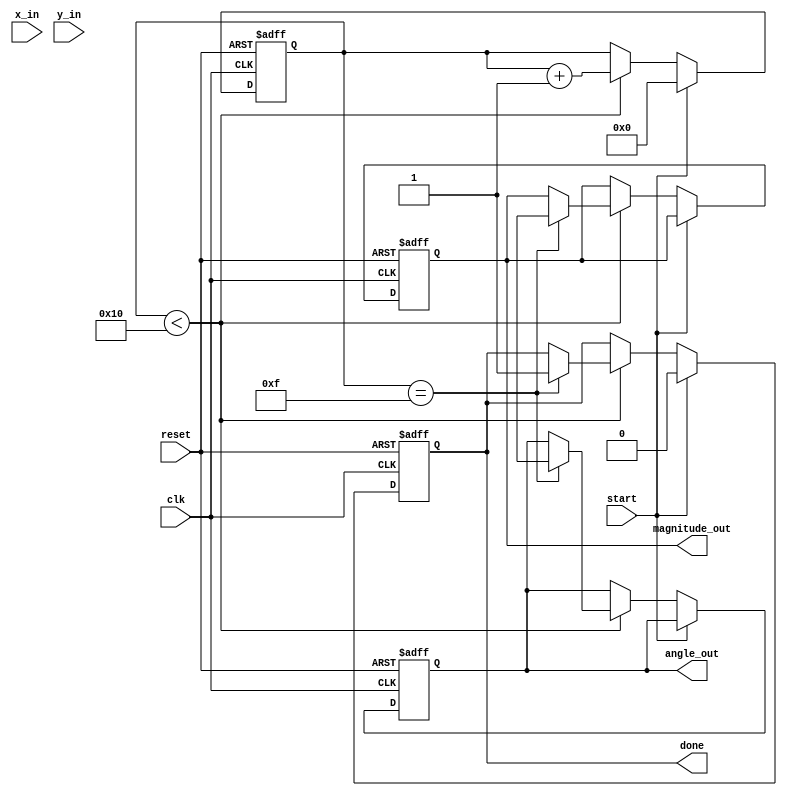
module vectoring_cordic (
    input wire clk,
    input wire reset,
    input wire [15:0] x_in, // Input x coordinate
    input wire [15:0] y_in, // Input y coordinate
    input wire start,        // Start signal
    output reg [15:0] angle_out, // Output angle
    output reg [15:0] magnitude_out, // Output magnitude
    output reg done         // Operation complete flag
);

    // CORDIC configuration
    parameter NUM_ITERATIONS = 16; // Number of iterations
    reg [15:0] x [0:NUM_ITERATIONS-1]; // Intermediate x values
    reg [15:0] y [0:NUM_ITERATIONS-1]; // Intermediate y values
    reg [15:0] z [0:NUM_ITERATIONS-1]; // Angle accumulator
    reg [15:0] atan_table [0:NUM_ITERATIONS-1]; // Arctangent values
    reg [4:0] iteration_count; // Iteration counter

    // Initialize arctan values
    initial begin
        atan_table[0] = 16'h2000; // atan(2^0)
        atan_table[1] = 16'h1000; // atan(2^-1)
        atan_table[2] = 16'h0800; // atan(2^-2)
        atan_table[3] = 16'h0400; // atan(2^-3)
        atan_table[4] = 16'h0200; // atan(2^-4)
        atan_table[5] = 16'h0100; // atan(2^-5)
        atan_table[6] = 16'h0080; // atan(2^-6)
        atan_table[7] = 16'h0040; // atan(2^-7)
        atan_table[8] = 16'h0020; // atan(2^-8)
        atan_table[9] = 16'h0010; // atan(2^-9)
        atan_table[10] = 16'h0008; // atan(2^-10)
        atan_table[11] = 16'h0004; // atan(2^-11)
        atan_table[12] = 16'h0002; // atan(2^-12)
        atan_table[13] = 16'h0001; // atan(2^-13)
        atan_table[14] = 16'h0001; // atan(2^-14)
        atan_table[15] = 16'h0000; // atan(2^-15)
    end

    // Control Unit
    always @(posedge clk or posedge reset) begin
        if (reset) begin
            iteration_count <= 0;
            done <= 0;
            angle_out <= 0;
            magnitude_out <= 0;
        end else if (start) begin
            // Initialize x and y
            x[0] <= x_in;
            y[0] <= y_in;
            z[0] <= 0; // Start angle
            iteration_count <= 0;
            done <= 0;
        end else if (iteration_count < NUM_ITERATIONS) begin
            // CORDIC Iteration
            if (y[iteration_count] < 0) begin
                // Rotate clockwise
                x[iteration_count + 1] = x[iteration_count] + (y[iteration_count] >>> iteration_count);
                y[iteration_count + 1] = y[iteration_count] - (x[iteration_count] >>> iteration_count);
                z[iteration_count + 1] = z[iteration_count] - atan_table[iteration_count];
            end else begin
                // Rotate counterclockwise
                x[iteration_count + 1] = x[iteration_count] - (y[iteration_count] >>> iteration_count);
                y[iteration_count + 1] = y[iteration_count] + (x[iteration_count] >>> iteration_count);
                z[iteration_count + 1] = z[iteration_count] + atan_table[iteration_count];
            end
            
            // Update magnitude
            if (iteration_count == NUM_ITERATIONS - 1) begin
                magnitude_out <= x[NUM_ITERATIONS] + (y[NUM_ITERATIONS] >>> (NUM_ITERATIONS - 1)); // Simple magnitude approximation
                angle_out <= z[NUM_ITERATIONS];
                done <= 1;
            end

            iteration_count <= iteration_count + 1;
        end
    end

endmodule